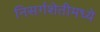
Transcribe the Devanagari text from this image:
निसर्गशेतीमध्ये